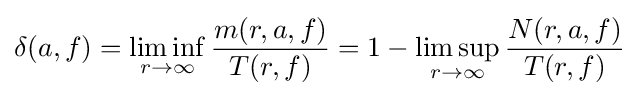
\delta (a,f)=\liminf _{r\rightarrow \infty }{\frac {m(r,a,f)}{T(r,f)}}=1-\limsup _{r\rightarrow \infty }{\dfrac {N(r,a,f)}{T(r,f)}}